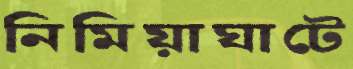
নিমিয়াঘাটে